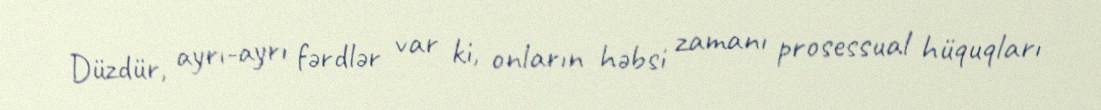
Düzdür, ayrı-ayrı fərdlər var ki, onların həbsi zamanı prosessual hüquqları